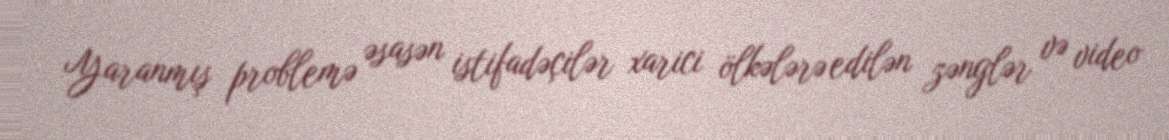
Yaranmış problemə əsasən istifadəçilər xarici ölkələrə edilən zənglər və video